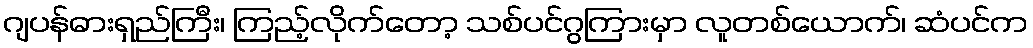
ဂျပန်ဓားရှည်ကြီး၊ ကြည့်လိုက်တော့ သစ်ပင်ဂွကြားမှာ လူတစ်ယောက်၊ ဆံပင်က